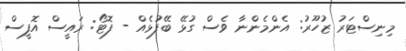
މިނިސްޓަރު ޒުހޫރު: އެންމެންނާ ވެސް ގުޅޭ ބޭފުޅެއް - ފޮޓޯ: ރައީސް އޮފީސް